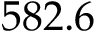
5 8 2 . 6